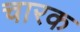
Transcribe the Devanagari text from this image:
चारक